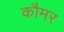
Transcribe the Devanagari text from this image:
कौमर